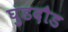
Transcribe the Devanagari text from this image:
घुडदौड